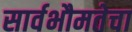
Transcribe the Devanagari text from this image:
सार्वभौमतेचा